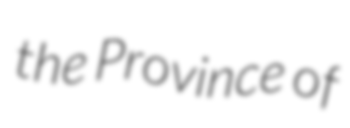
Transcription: the Province of